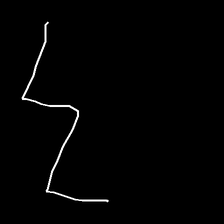
Glyph: crush